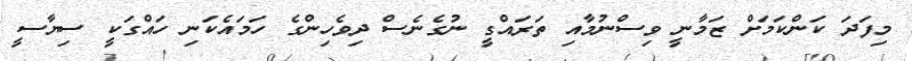
މިފަދަ ކަންކަމަށް ޒަމާނީ ވިސްނުމާއި ތަރައްގީ ނުގެނެސް ދިވެހިންގެ ހަމައެކަނި ހައްގަކީ ސިޔާސީ